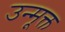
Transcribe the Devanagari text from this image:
उन्मूक्त